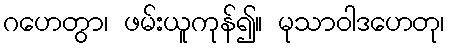
ဂဟေတွာ၊ ဖမ်းယူကုန်၍။ မုသာဝါဒဟေတု၊